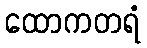
ထောကတရံ